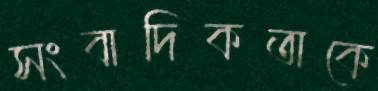
সংবাদিকতাকে